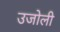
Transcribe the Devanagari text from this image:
उजोली